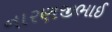
નારણજીભાઈ